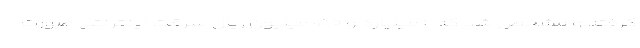
گرفته و مشخص شد که ۲ میلیارد و ۱۵۰ میلیون ریال سرقت اینترنتی صورت